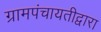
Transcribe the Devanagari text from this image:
ग्रामपंचायतीद्वारा